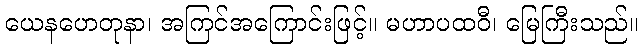
ယေနဟေတုနာ၊ အကြင်အကြောင်းဖြင့်။ မဟာပထဝီ၊ မြေကြီးသည်။